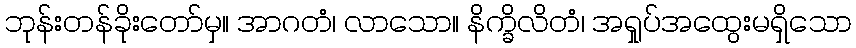
ဘုန်းတန်ခိုးတော်မှ။ အာဂတံ၊ လာသော။ နိက္ခိလိတံ၊ အရှုပ်အထွေးမရှိသော